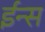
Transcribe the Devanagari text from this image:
ईन्स